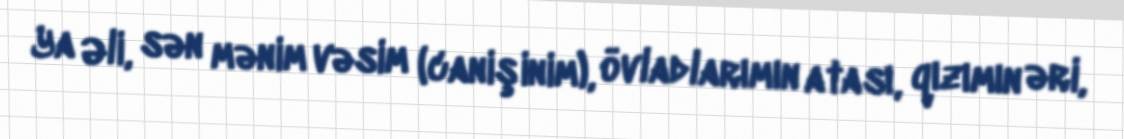
Ya Əli, sən mənim vəsim (canişinim), övladlarımın atası, qızımın əri,